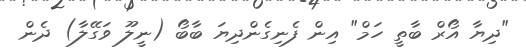
"ދިޔާ އޯރް ބާތީ ހަމް" އިން ފެނިގެންދިޔަ ބާބޯ (ނީލޫ ވަގޭލާ) ދެން